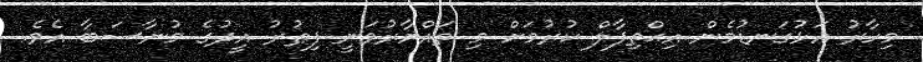
މިހާރު އަޅުގަނޑުމެން އިޙްތިފާލް ކުރުމަށް މި ތައްޔާރުވަނީ ފިޠުރު އީދުގެ މުނާސަބާ އެވެ.